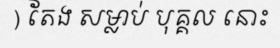
) តែង សម្លាប់ បុគ្គល នោះ